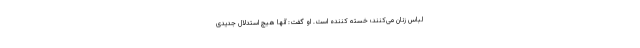
لباس زنان می‌کنند؛ خسته کننده است. او گفت: آنها هیچ استدلال جدیدی